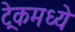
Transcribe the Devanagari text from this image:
ट्रेकमध्ये